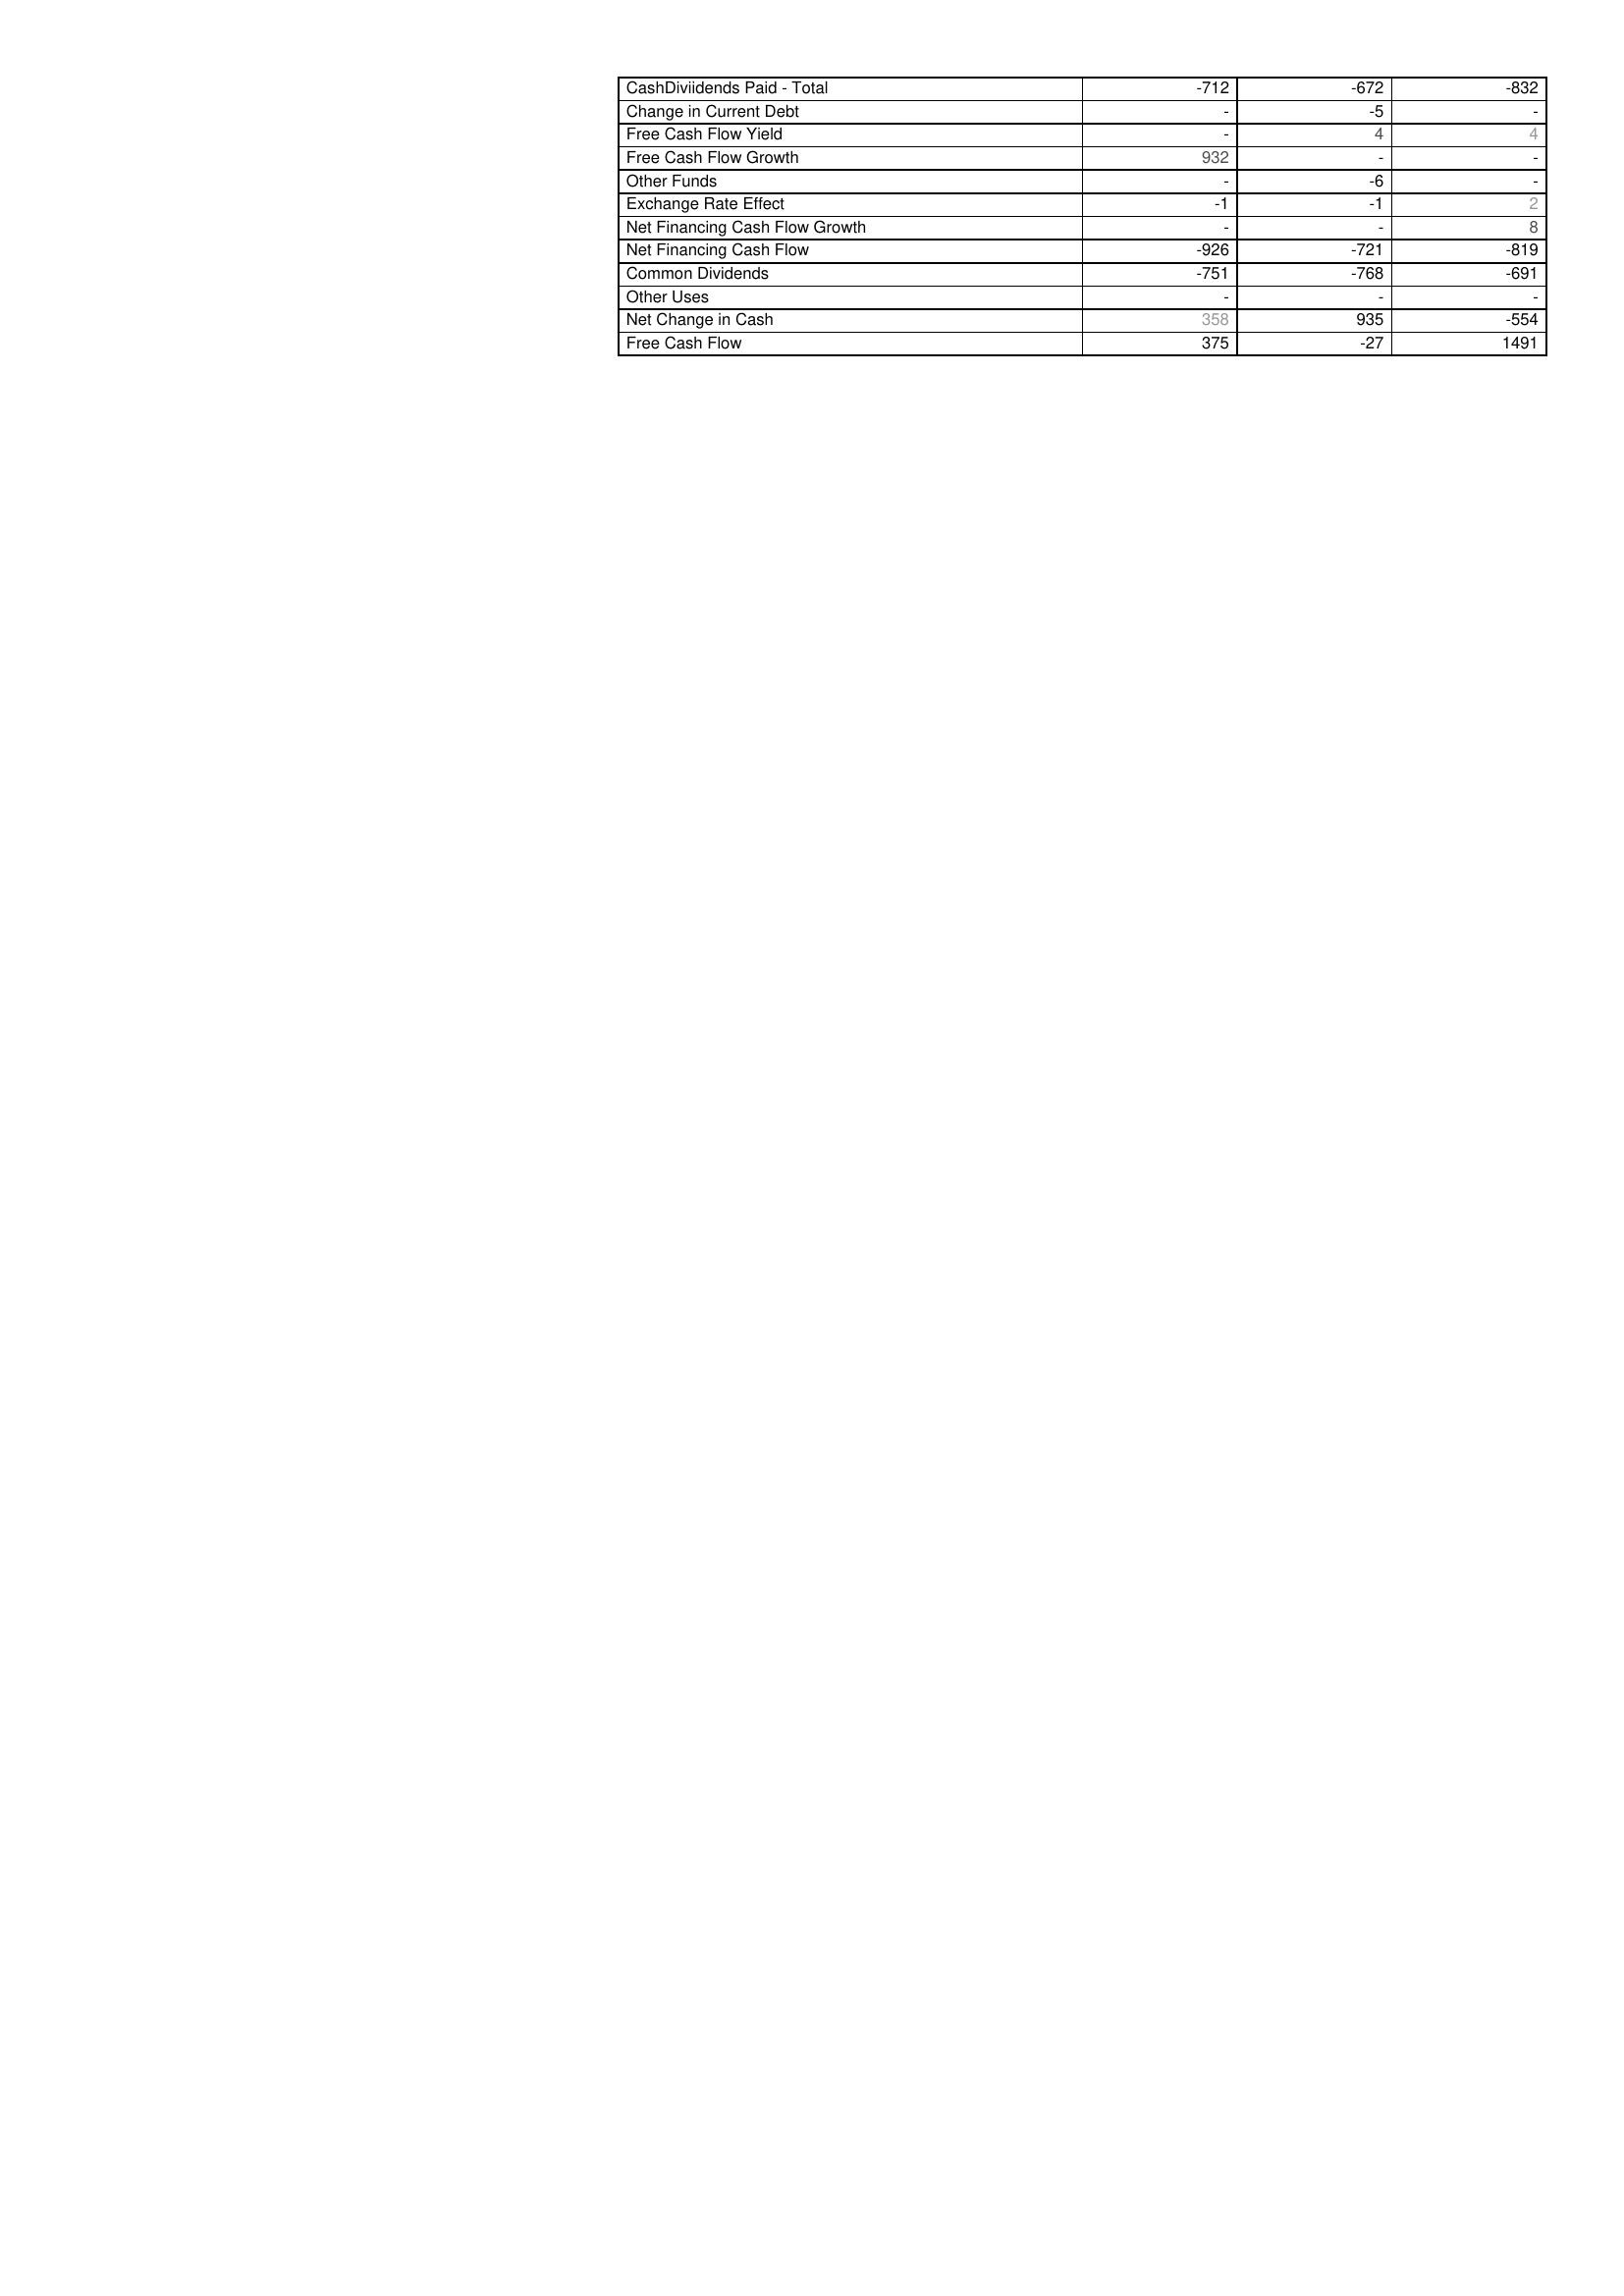
2021: Financing Activities: CashDiviidends Paid - Total: -712
Change in Current Debt: -
Free Cash Flow Yield: -
Free Cash Flow Growth: 932
Other Funds: -
Exchange Rate Effect: -1
Net Financing Cash Flow Growth: -
Net Financing Cash Flow: -926
Common Dividends: -751
Other Uses: -
Net Change in Cash: 358
Free Cash Flow: 375
2020: Financing Activities: CashDiviidends Paid - Total: -672
Change in Current Debt: -5
Free Cash Flow Yield: 4
Free Cash Flow Growth: -
Other Funds: -6
Exchange Rate Effect: -1
Net Financing Cash Flow Growth: -
Net Financing Cash Flow: -721
Common Dividends: -768
Other Uses: -
Net Change in Cash: 935
Free Cash Flow: -27
2019: Financing Activities: CashDiviidends Paid - Total: -832
Change in Current Debt: -
Free Cash Flow Yield: 4
Free Cash Flow Growth: -
Other Funds: -
Exchange Rate Effect: 2
Net Financing Cash Flow Growth: 8
Net Financing Cash Flow: -819
Common Dividends: -691
Other Uses: -
Net Change in Cash: -554
Free Cash Flow: 1491